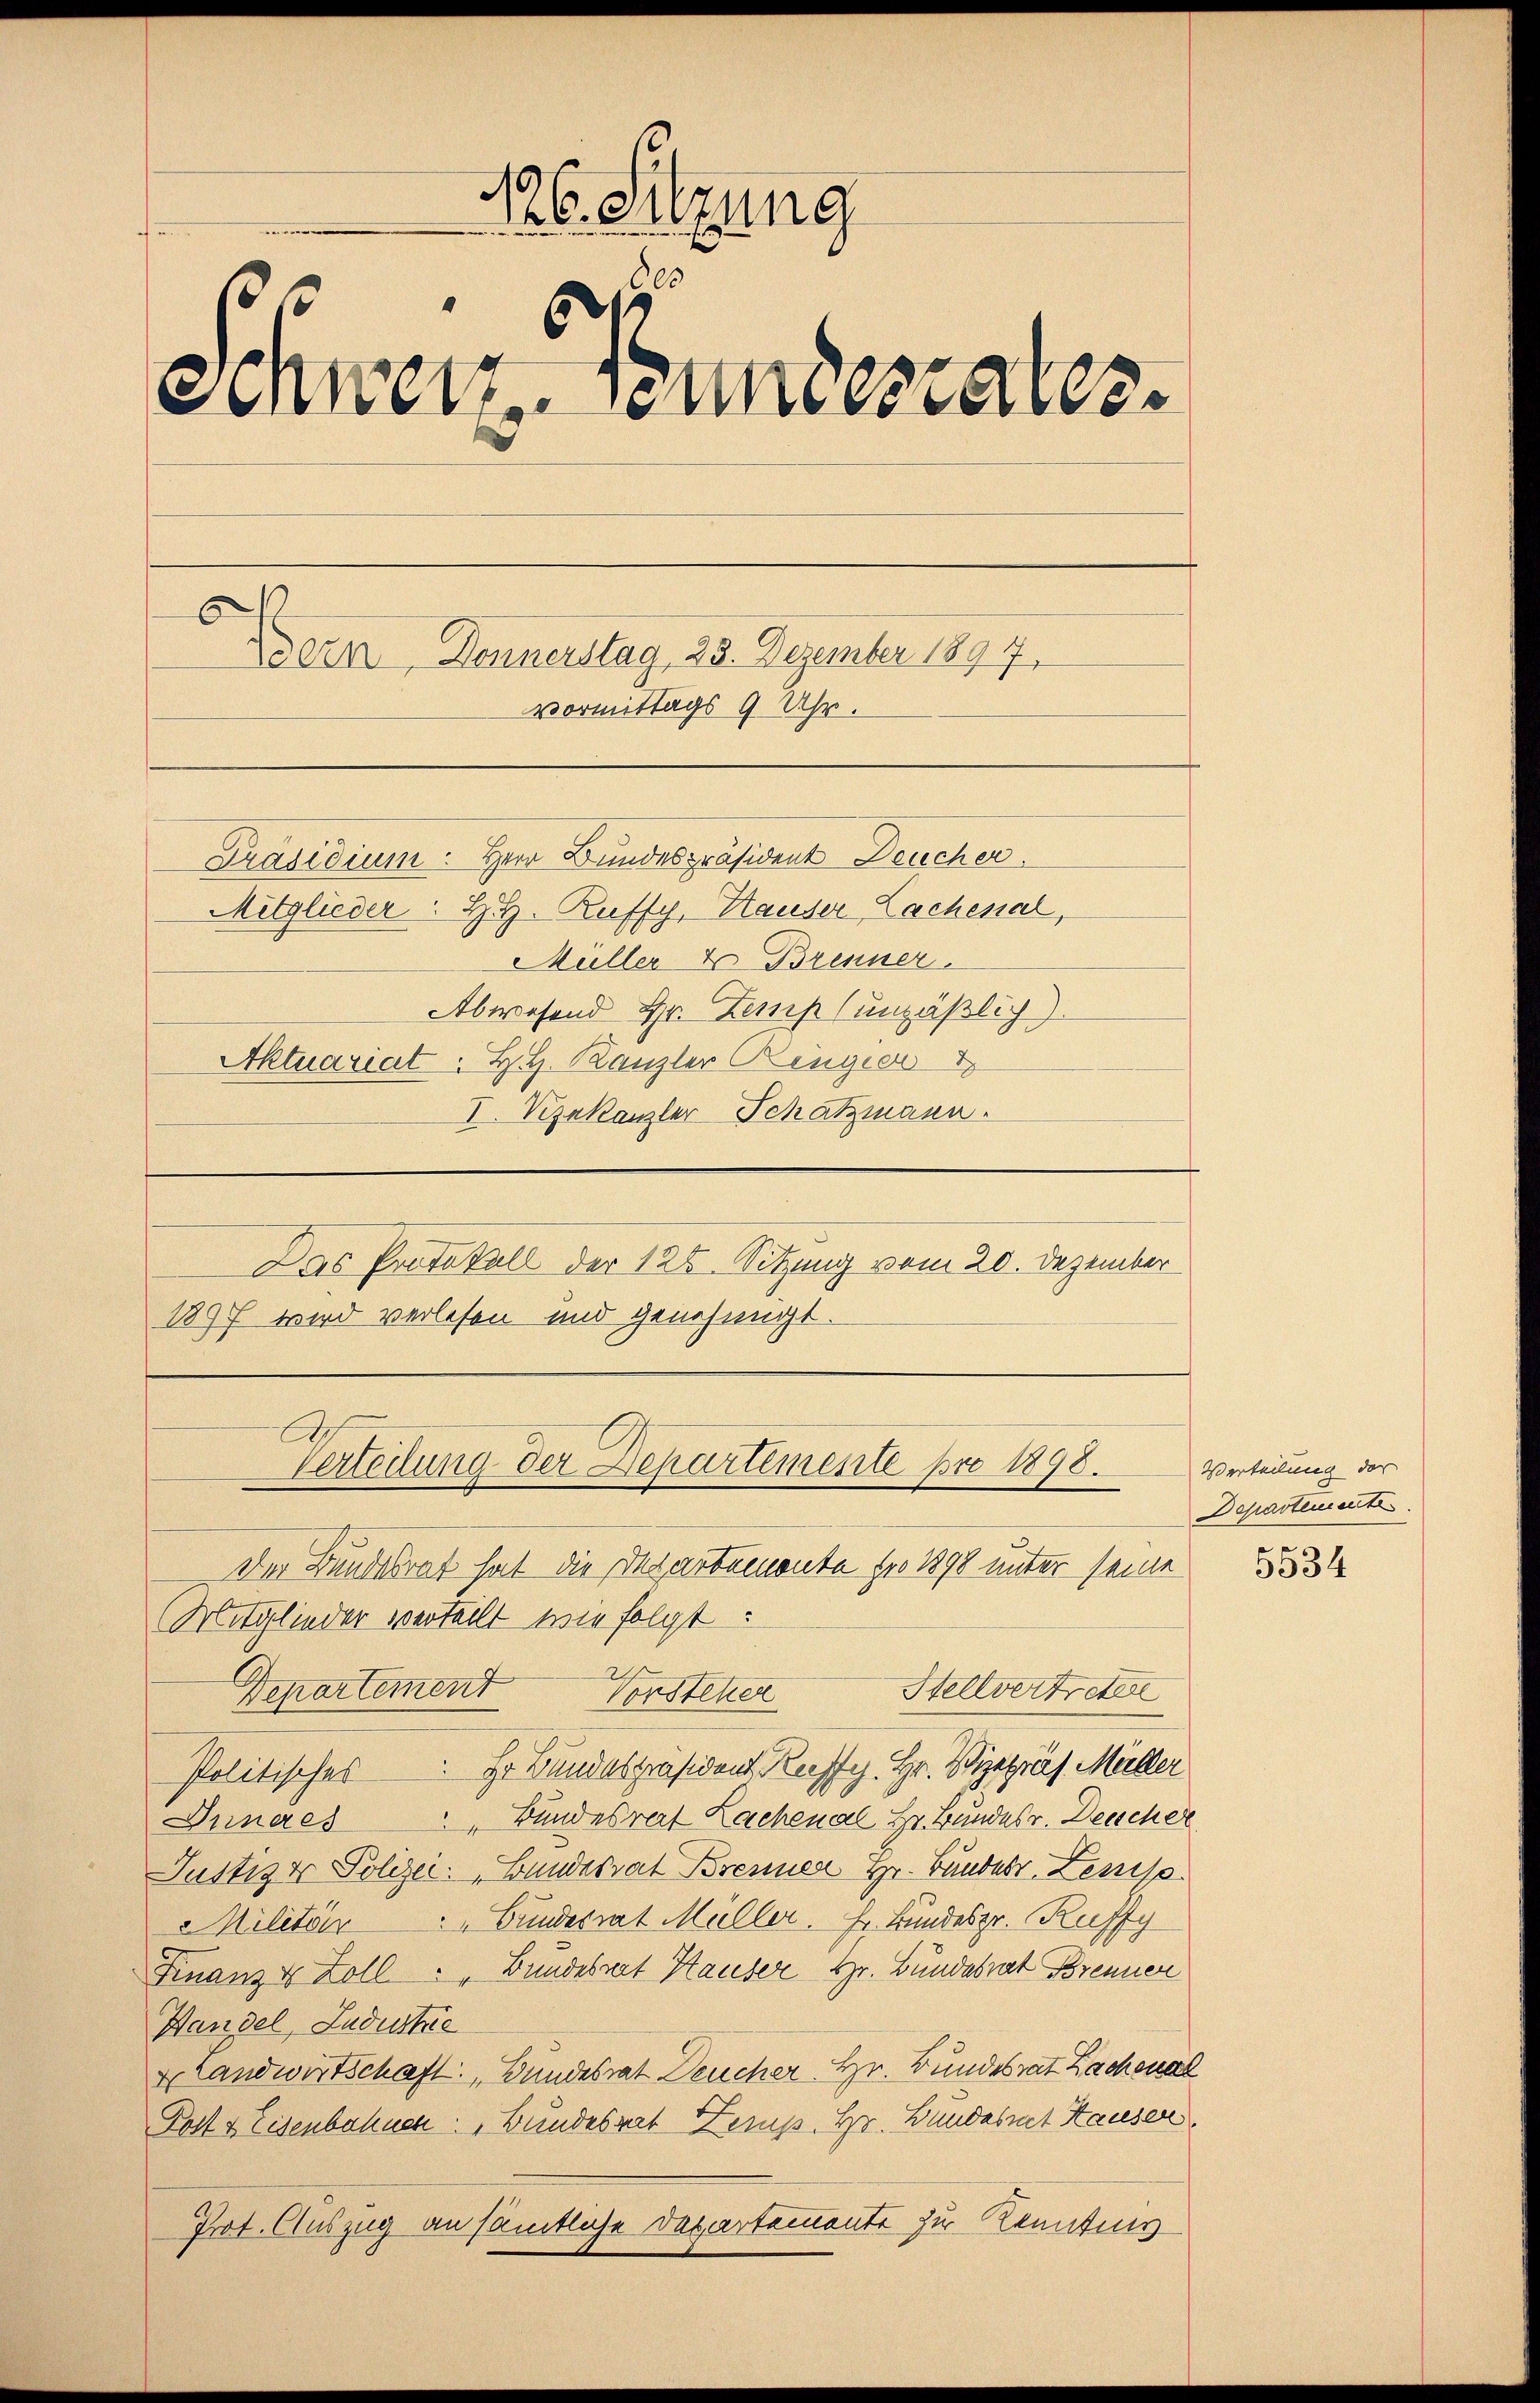
126. Sitzung

Schwert wundesrates.
Bern, Donnerstag, 23. Dezember 1897,
vormittags 9 Uhr.
Präsidium. Herr Bundespräsident Deucher
Mitglieder H. H. Ruffy, Hauser Lachenal,
Müller & Brenner
Abwesend Hr. Zemp (unpäßlich).
Aktuariat. H. H. Kanzler Rengier
I. Vizekanzler Schatzmann.

Das Protokoll der 128. Sitzung vom 20. Dezember
1897 wird verlesen und genehmigt.

Verteilung der Departemente pro 1898.
Der Bundesrat hat die Departemonte pro 1898 unter seine
Mitglieder verteilt wie folgt:
Departement Vorsteher Stellvertreten

Er Bundespräsident Keffy. Hr. Vizepräs. Müller
Politisches
 Bundesrat Lachenal Hr. Bundes v. Beischer
Innaes
Justiz & Polizer. Bundesrat Brenner Hr. Bundesr. Zenso
Militär " " Bundesrat Müller. Hr. Bundesgr. Kuffy
Finanz & Zoll - " Bundesrat Hauser Hr. Bundesrat Brenner
Wandel, Ludustrie
 Landwirtschaft „Bundesrat Deucher Hr. Bundesrat Lachenal
Post & Eisenbahnen: „Bundesrat Kemp. Hr. Bundesrat Hausen,
Prot. Auszug an sämtliche Departemente zu Kennting

Verteilung der
Departement

5534